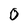
Character: O